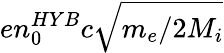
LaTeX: en_{0}^{HYB}c\sqrt{m_{e}/2M_{i}}